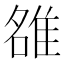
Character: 𨿅